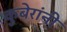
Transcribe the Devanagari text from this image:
कुबेरांनी